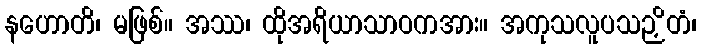
နဟောတိ၊ မဖြစ်။ အဿ၊ ထိုအရိယာသာဝကအား။ အကုသလူပသဉှိတံ၊